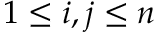
1 \leq i , j \leq n